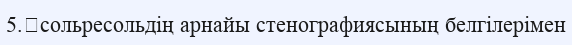
5.	сольресольдің арнайы стенографиясының белгілерімен